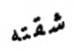
شقته